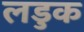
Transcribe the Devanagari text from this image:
लडुक